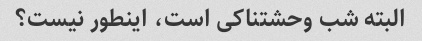
البته شب وحشتناکی است، اینطور نیست؟